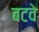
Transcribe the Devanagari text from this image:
बटवे